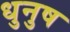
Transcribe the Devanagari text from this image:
धुनुष